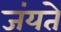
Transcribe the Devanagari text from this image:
जंयते